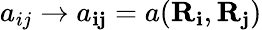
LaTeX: a_{ij}\to a_{\mathbf{i}\mathbf{j}}=a(\mathbf{R}_{\mathbf{i}},\mathbf{R}_{\mathbf{j}})